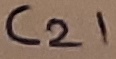
Text: C21